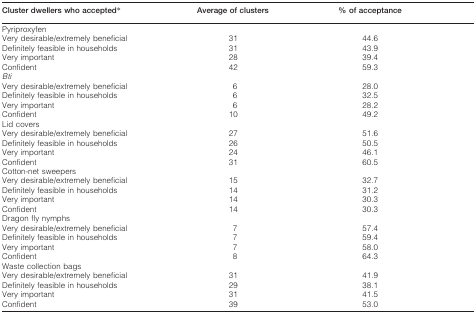
<table><thead><tr><td><b>Cluster dwellers who accepted*</b></td><td><b>Average of clusters</b></td><td><b>% of acceptance</b></td></tr></thead><tbody><tr><td>Pyriproxyfen</td><td></td><td></td></tr><tr><td>Very desirable/extremely beneficial</td><td>31</td><td>44·6</td></tr><tr><td>Definitely feasible in households</td><td>31</td><td>43·9</td></tr><tr><td>Very important</td><td>28</td><td>39·4</td></tr><tr><td>Confident</td><td>42</td><td>59·3</td></tr><tr><td><i>Bti</i></td><td></td><td></td></tr><tr><td>Very desirable/extremely beneficial</td><td>6</td><td>28·0</td></tr><tr><td>Definitely feasible in households</td><td>6</td><td>32·5</td></tr><tr><td>Very important</td><td>6</td><td>28·2</td></tr><tr><td>Confident</td><td>10</td><td>49·2</td></tr><tr><td>Lid covers</td><td></td><td></td></tr><tr><td>Very desirable/extremely beneficial</td><td>27</td><td>51·6</td></tr><tr><td>Definitely feasible in households</td><td>26</td><td>50·5</td></tr><tr><td>Very important</td><td>24</td><td>46·1</td></tr><tr><td>Confident</td><td>31</td><td>60·5</td></tr><tr><td>Cotton-net sweepers</td><td></td><td></td></tr><tr><td>Very desirable/extremely beneficial</td><td>15</td><td>32·7</td></tr><tr><td>Definitely feasible in households</td><td>14</td><td>31·2</td></tr><tr><td>Very important</td><td>14</td><td>30·3</td></tr><tr><td>Confident</td><td>14</td><td>30·3</td></tr><tr><td>Dragon fly nymphs</td><td></td><td></td></tr><tr><td>Very desirable/extremely beneficial</td><td>7</td><td>57·4</td></tr><tr><td>Definitely feasible in households</td><td>7</td><td>59·4</td></tr><tr><td>Very important</td><td>7</td><td>58·0</td></tr><tr><td>Confident</td><td>8</td><td>64·3</td></tr><tr><td>Waste collection bags</td><td></td><td></td></tr><tr><td>Very desirable/extremely beneficial</td><td>31</td><td>41·9</td></tr><tr><td>Definitely feasible in households</td><td>29</td><td>38·1</td></tr><tr><td>Very important</td><td>31</td><td>41·5</td></tr><tr><td>Confident</td><td>39</td><td>53·0</td></tr></tbody></table>